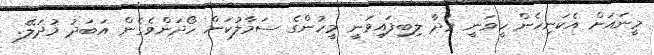
މީނައަށް އެކަނިހެން ހީވަނީ މުދާ ލިބިފައިވަނީ މީހުންގެ ސަމާލުކަން ހޯދަންވެގެން އަބަދު މުދަލޭ.